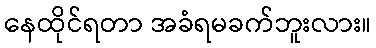
နေထိုင်ရတာ အခံရမခက်ဘူးလား။